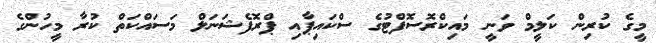
މީގެ ކުރިން ކަލީމް ވަނީ މައިކްރޮސޮފްޓުގެ ސްކައިޕާއި ޕްރޮފެޝަނަލް މަސައްކަތް ކުރާ މީހުންގެ